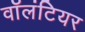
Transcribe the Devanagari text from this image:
वाॅलंटियर